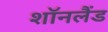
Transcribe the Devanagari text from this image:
शॉनलैंड